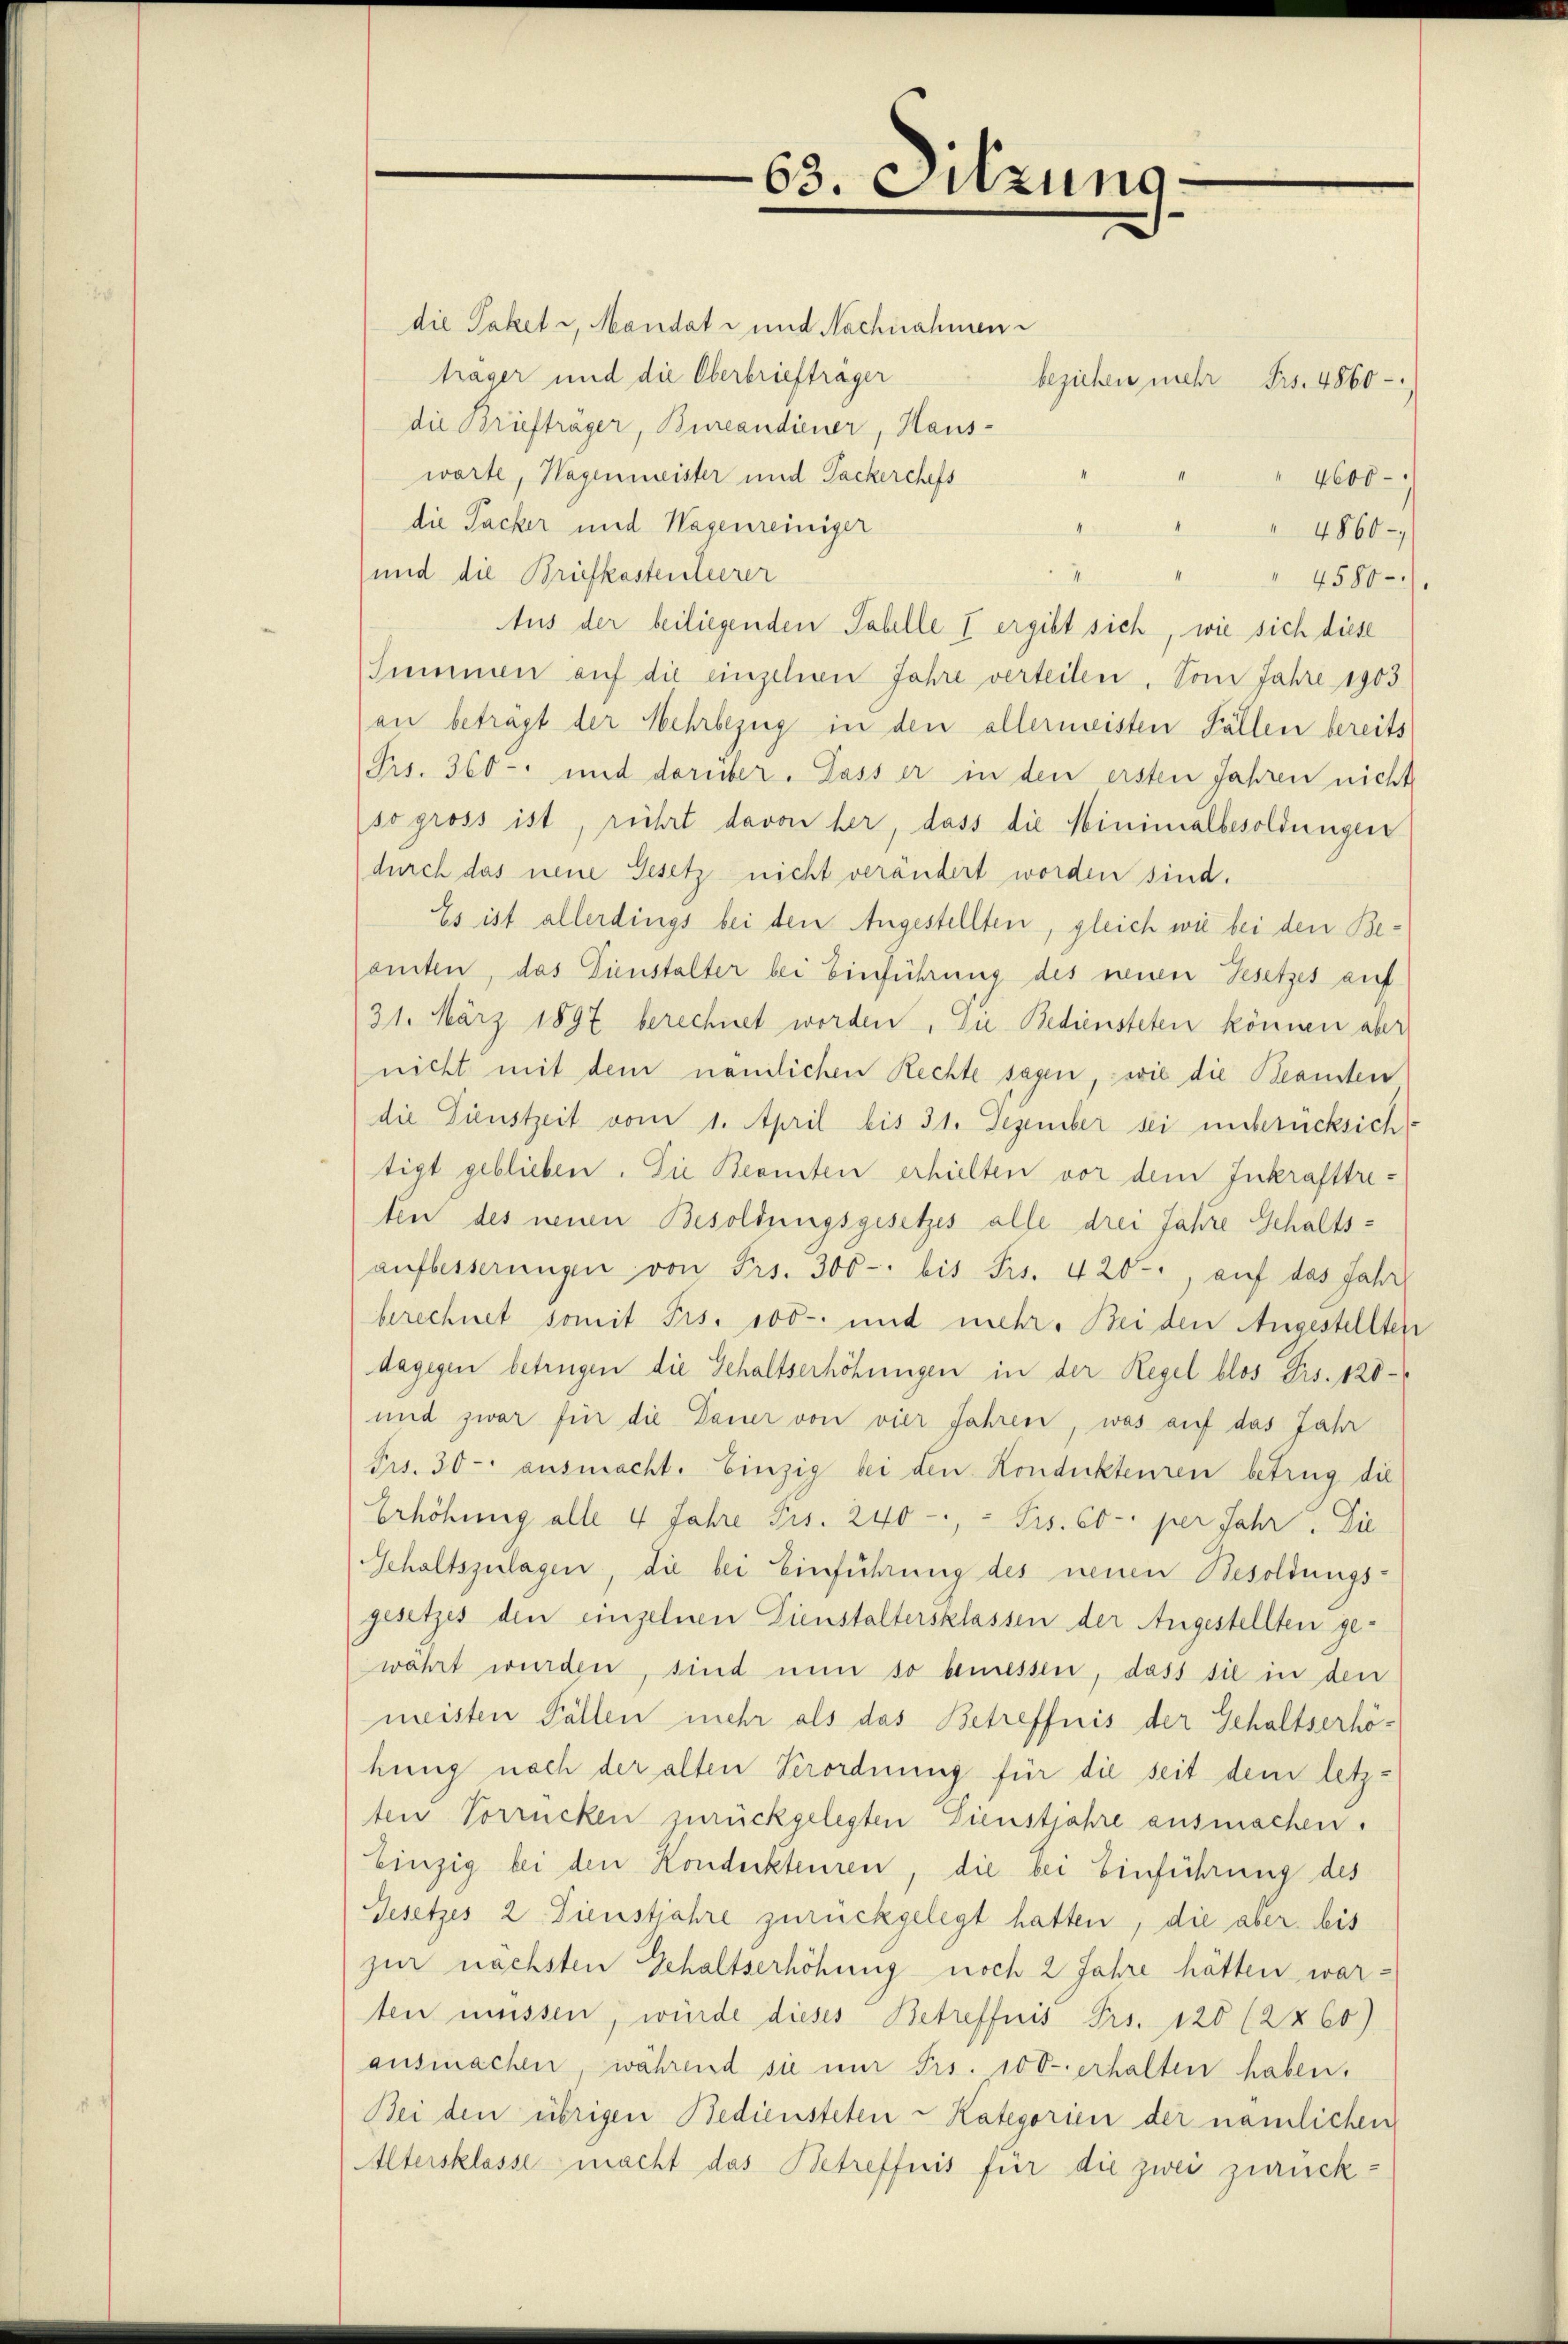
63. Ditzung

die Paketi, Mandat - und Nachnahmen
träger und die Oberbriefträger
beziehen mehr Frs. 4860 -
die Brieftrager, Burcandiener, Haus-
worte, Hagenmeister und Packerchefs
4600
.
die Packer und Wagenreiniger
4
4860-
und die Briefkastentierer
" " " 4580
Aus der beiliegenden Tabelle I ergibt sich, wie sich diese
Summen auf die einzehen Jahre verteilen. Vom Jahre 1903
an beträgt der Mehrbezug in den allermeisten Fällen bereits
Frs. 360 und darüber. Dass er in den ersten Jahren nicht
so gross ist, rührt davon her, dass die Minimalbesoldungen
durch das neue Gesetz nicht verändert worden sind.
Es ist allerdings bei den Angestellten, gleich wie bei den Beemten, das Dienstalter bei Einführung des neuen Gesetzes auf
31. März 1897 berechnet worden. Die Bediensteten können aber
nicht mit dem nämlichen Rechte sagen, wie die Beansten
die Dienstzeit vom 1. April bis 31. Dezember sei unberücksich
tigt geblieben. Die Beamten erhielten vor dem Inkrafttreten des neuen Besoldungsgesetzes alle drei Jahre Gehaltsaŭfbesserungen von Frs. 300-: bis Frs. 420, auf das Jahr
berechnet somit Frs. 100 und mehr. Bei den Angestellten
dagegen betrügen die Gehaltserhöhungen in der Regel blos Frs. 120
und zwar für die Dauer von vier Jahren, was auf das Jahr
Frs. 30- ausmacht. Einzig bei den Kondukteuren betrug die
Erhöhung alle 4 Jahre Frs. 240 - - Frs. 60 -: per Jahr. Die
Gehaltszulagen, die bei Einführung des neuen Besoldungs-
gesetzes den einzelnen Dienstaltersklassen der Angestellten gewährt wurden, sind nun so bemessen, dass sie in den
meisten Fällen mehr als das Betreffnis der Gehaltserhöhung nach der alten Verordnung für die seit dem letzten Vorrücken zurückgelegten Dienstjahre ausmachen.
Einzig bei den Konderkteuren, die bei Einführung des
Gesetzes 2. Dienstjahre zurückgelegt hatten, die aber bis
zur nächsten Gehaltserhöhung noch 2 Jahre hätten warten müssen, würde dieses Betreffnis Frs. 120 (2X 60)
ausmachen, während sie mir Frs. 100 erhalten haben.
Bei den übrigen Bediensteten - Kategorien der nämlichen
Altersklasse macht das Betreffnis für die zwei zurück: